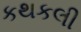
કથકલી